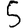
Digit: 5